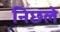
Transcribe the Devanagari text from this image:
निछ्ले